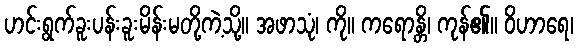
ဟင်းရွက်ခူးပန်းခူးမိန်းမတို့ကဲ့သို့။ အဖာသုံ၊ ကို။ ကရောန္တိ၊ ကုန်၏။ ဝိဟာရေ၊